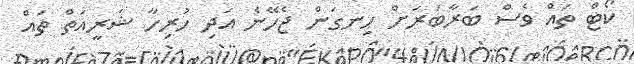
ކޯޓް ތައް ވެސް ބަރާބަރަށް ހިނގަން ޖެހޭނެ އަދި ހުރިހާ ޝަރީއަތް ތައް